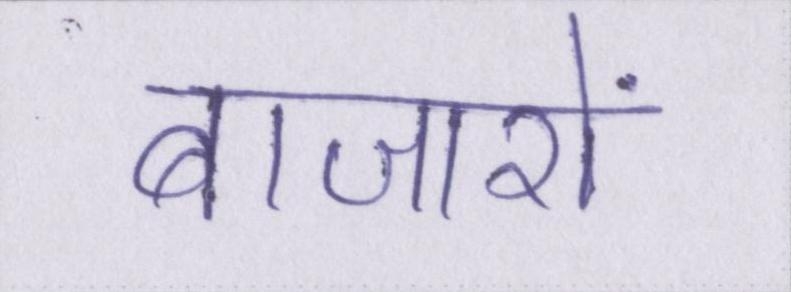
बाजारों